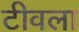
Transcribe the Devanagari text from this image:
टीवला